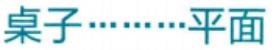
桌子……平面